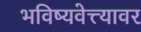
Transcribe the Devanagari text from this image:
भविष्यवेत्त्यावर